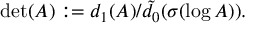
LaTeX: \operatorname * { d e t } ( A ) : = d _ { 1 } ( A ) / \tilde { d } _ { 0 } ( \sigma ( \log A ) ) .